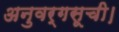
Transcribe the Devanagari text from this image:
अनुवर्गसूची।